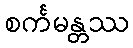
စင်္ကမန္တဿ